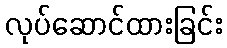
လုပ်ဆောင်ထားခြင်း